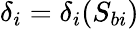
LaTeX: \delta_{i}=\delta_{i}(S_{bi})